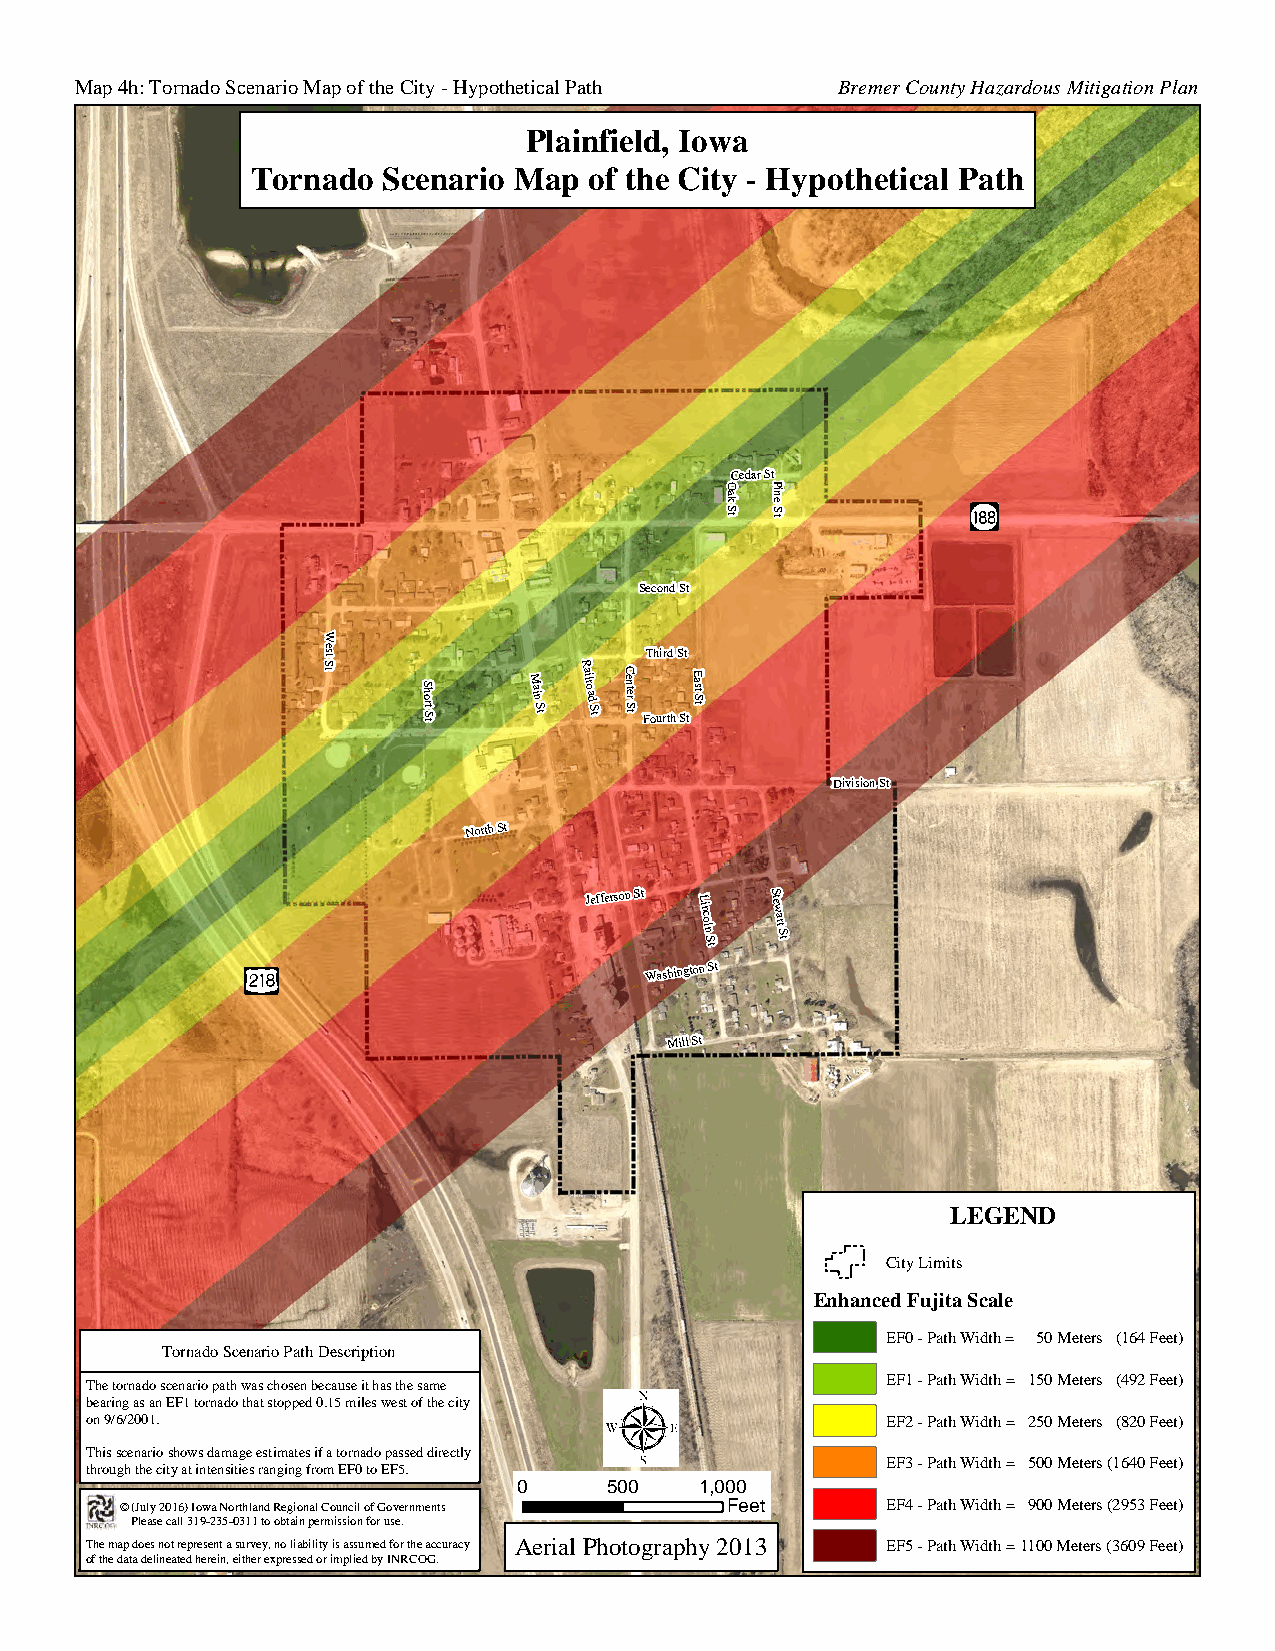
Map 4h: Tornado Scenario Map of the City - Hypothetical Path Bremer County Hazardous Mitigation Plan
 Plainfield, Iowa
 Tornado Scenario Map  of the City - Hypothetical Path
 Cedar St
 O ak
 S t
 P in
 e
 S t
 Second St
 W
 tS
 tse
 S h ort
 S t
 M ain
 S t
 R ailro ad
 S t
 C en ter
 S t
 FT oh ui rr td
 h
 S St
 tE ast S
 t
 Division St
 North St
 Jefferson St L
 inco
 ln
 S
 S tew
 art
 S
 t
 t
 Washington St
 Mill St
 LEGEND
 City Limits
 Enhanced Fujita Scale
 EF0 - Path Width = 50 Meters (164 Feet)
 Tornado Scenario Path Description
 EF1 - Path Width = 150 Meters (492 Feet)
 The tornado scenario path was chosen because it has the same
 bearing as an EF1 tornado that stopped 0.15 miles west of the city
 on 9/6/2001.                                         EF2 - Path Width = 250 Meters (820 Feet)
 This scenario shows damage estimates if a tornado passed directly
 EF3 - Path Width = 500 Meters (1640 Feet)
 through the city at intensities ranging from EF0 to EF5.
 0     500   1,000
 © (July 2016) Iowa Northland Regional Council of Governments Feet EF4 - Path Width = 900 Meters (2953 Feet)
 Please call 319-235-0311 to obtain permission for use.
 The map does not represent a survey, no liability is assumed for the accuracy Aerial Photography 2013 EF5 - Path Width = 1100 Meters (3609 Feet)
 of the data delineated herein, either expressed or implied by INRCOG.